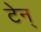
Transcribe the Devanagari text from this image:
टेन्